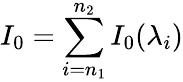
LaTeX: I_{0}=\sum_{i=n_{1}}^{n_{2}}{I_{0}(\lambda_{i})}